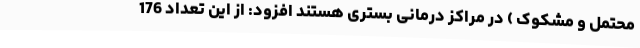
محتمل و مشکوک ) در مراکز درمانی بستری هستند افزود: از این تعداد 176